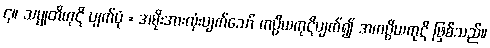
၄။ သမ္မုတိကုဋိ ပျက်ပုံ = အမိုးအားလုံးပျက်သော် ကပ္ပိယကုဋိပျက်၍ အကပ္ပိယကုဋိ ဖြစ်သည်။